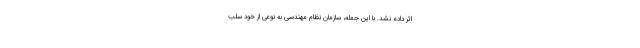
اثر داده نشد. با این جمله، سازمان نظام مهندسی به نوعی از خود سلب